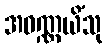
အဝဏ္ဏယိံသု